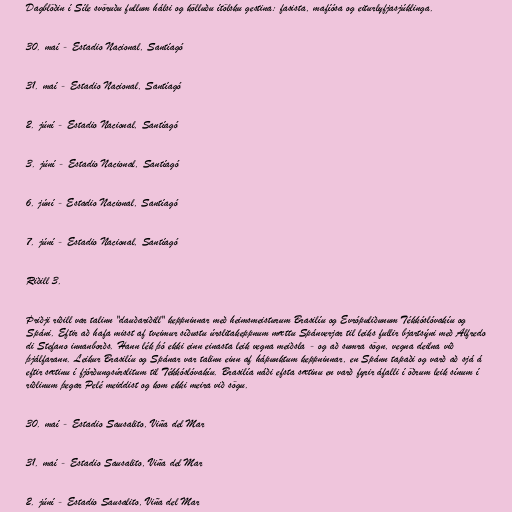
Dagblöðin í Síle svöruðu fullum hálsi og kölluðu ítölsku gestina: fasista, mafíósa og eiturlyfjasjúklinga.

30. maí - Estadio Nacional, Santíagó

31. maí - Estadio Nacional, Santíagó

2. júní - Estadio Nacional, Santíagó

3. júní - Estadio Nacional, Santíagó

6. júní - Estadio Nacional, Santíagó

7. júní - Estadio Nacional, Santíagó

Riðill 3.

Þriðji riðill var talinn "dauðariðill" keppninnar með heimsmeisturum Brasilíu og Evrópuliðunum Tékkóslóvakíu og
Spáni. Eftir að hafa misst af tveimur síðustu úrslitakeppnum mættu Spánverjar til leiks fullir bjartsýni með Alfredo
di Stefano innanborðs. Hann lék þó ekki einn einasta leik vegna meiðsla - og að sumra sögn, vegna deilna við
þjálfarann. Leikur Brasilíu og Spánar var talinn einn af hápunktum keppninnar, en Spánn tapaði og varð að sjá á
eftir sætinu í fjórðungsúrslitum til Tékkóslóvakíu. Brasilía náði efsta sætinu en varð fyrir áfalli í öðrum leik sínum í
riðlinum þegar Pelé meiddist og kom ekki meira við sögu.

30. maí - Estadio Sausalito, Viña del Mar

31. maí - Estadio Sausalito, Viña del Mar

2. júní - Estadio Sausalito, Viña del Mar